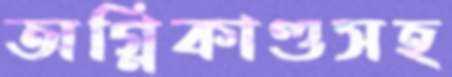
অগ্নিকাণ্ডসহ